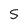
Character: 5